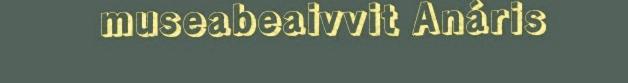
museabeaivvit Anáris